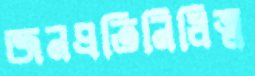
জনপ্রতিনিধিত্ব